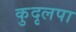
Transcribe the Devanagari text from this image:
कुदृलपा